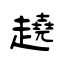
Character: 趬